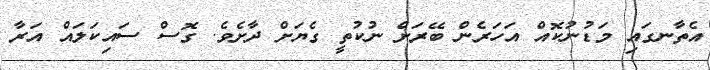
އެތާނގައި މަޑުނުކޮއް އަހަރެން ބޭރަށް ނުކުތީ ގެޔަށް ދާށެވެ. ގޮސް ސައިކަލައް އަރާ